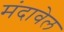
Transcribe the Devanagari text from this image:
मंदावेल